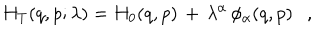
LaTeX: H _ { T } ( q , p ; \lambda ) = H _ { 0 } ( q , p ) \, + \, \lambda ^ { \alpha } \, \phi _ { \alpha } ( q , p ) \ \ \ ,